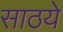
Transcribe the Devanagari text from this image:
साठये